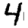
Digit: 4